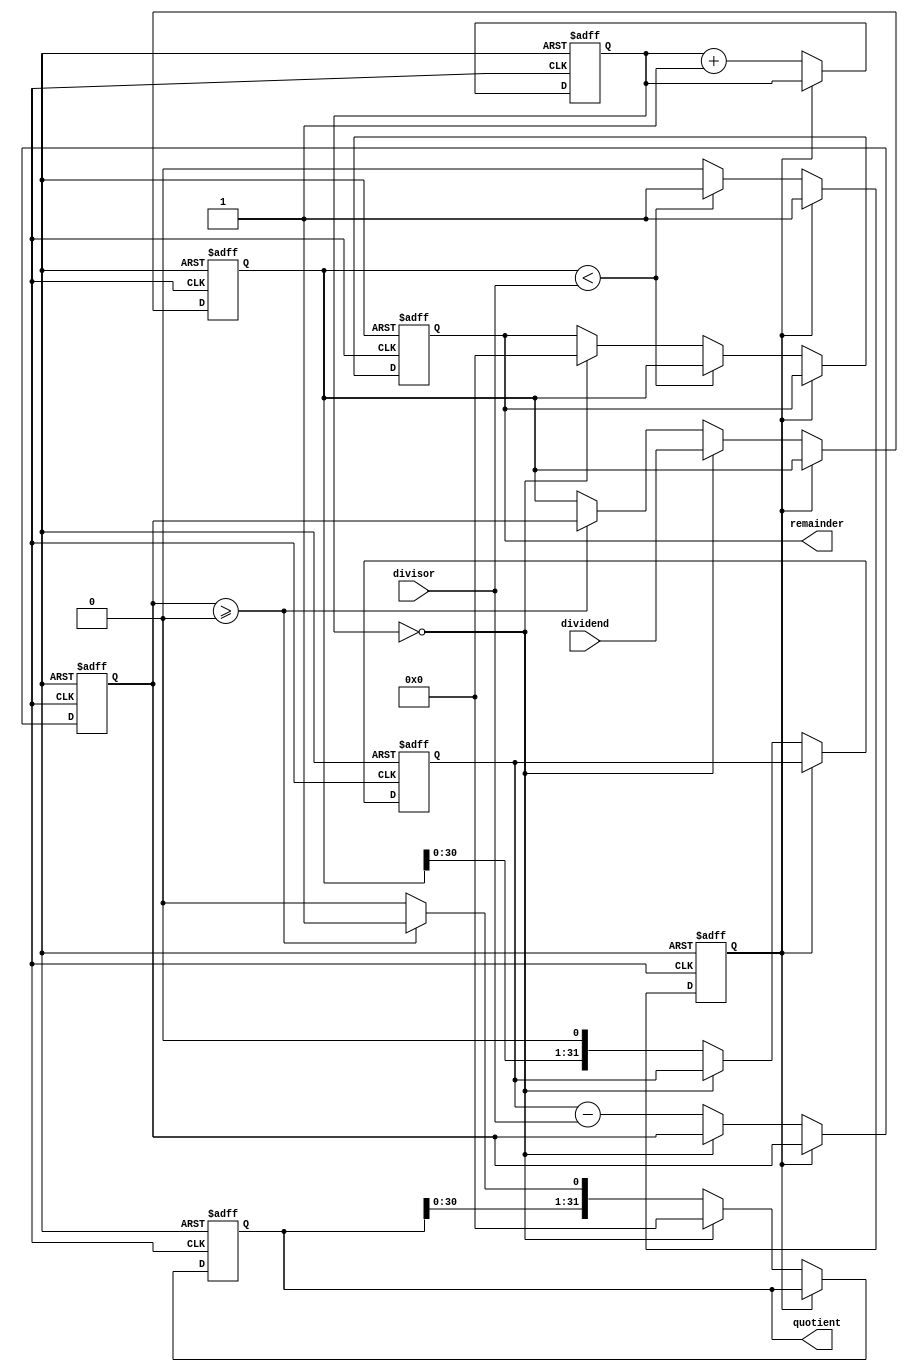
module shift_subtract_divider (
    input wire [31:0] dividend,
    input wire [31:0] divisor,
    output reg [31:0] quotient,
    output reg [31:0] remainder
);

reg [31:0] dividend_reg;
reg [31:0] shifted_dividend;
reg [31:0] subtract_result;
reg [31:0] quotient_reg;
reg [31:0] remainder_reg;
reg [4:0] shift_count;
reg done;

always @ (posedge clk or posedge rst)
begin
    if (rst)
    begin
        dividend_reg <= 0;
        shifted_dividend <= 0;
        subtract_result <= 0;
        quotient_reg <= 0;
        remainder_reg <= 0;
        shift_count <= 0;
        done <= 0;
    end
    else if (!done)
    begin
        if (shift_count == 0)
        begin
            dividend_reg <= dividend;
            quotient_reg <= 0;
            remainder_reg <= 0;
        end
        else
        begin
            shifted_dividend <= {dividend_reg, 1'b0};
            subtract_result <= shifted_dividend - divisor;
            if (subtract_result >= 0)
            begin
                dividend_reg <= subtract_result;
                quotient_reg <= {quotient_reg, 1'b1};
            end
            else
            begin
                quotient_reg <= {quotient_reg, 1'b0};
            end
        end
        
        shift_count <= shift_count + 1;
        
        if (dividend_reg < divisor)
        begin
            remainder_reg <= dividend_reg;
            done <= 1;
        end
    end
end

assign quotient = quotient_reg;
assign remainder = remainder_reg;

endmodule